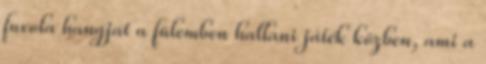
fuvola hangját a fülemben hallani játék közben, ami a